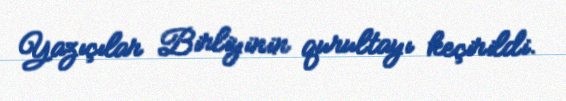
Yazıçılar Birliyinin qurultayı keçirildi.